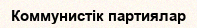
Коммунистік партиялар